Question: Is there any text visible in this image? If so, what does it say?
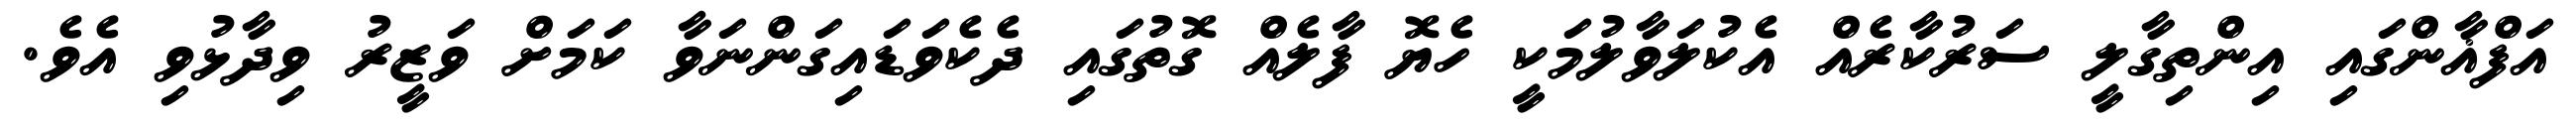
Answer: އަފްޣާންގައި އިންތިގާލީ ސަރުކާރެއް އެކުލަވާލުމަކީ ހެޔޮ ފާލެއް ގޮތުގައި ދެކެވަޑައިގަންނަވާ ކަމަށް ވަޒީރު ވިދާޅުވި އެވެ.